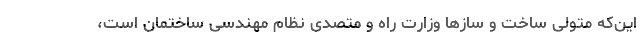
این‌که متولی ساخت و سازها وزارت راه و متصدی نظام مهندسی ساختمان است،